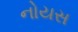
નોયસ